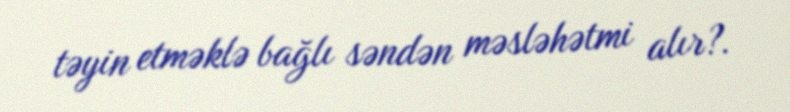
təyin etməklə bağlı səndən məsləhətmi alır?.